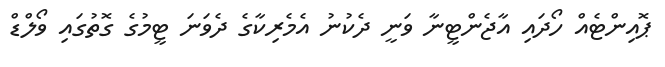
ޕޮއިންޓެއް ހޯދައި އާޖެންޓީނާ ވަނީ ދެކުނު އެމެރިކާގެ ދެވަނަ ޓީމުގެ ގޮތުގައި ވޯލްޑް